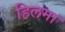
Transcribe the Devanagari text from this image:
हिलमा